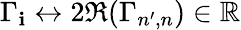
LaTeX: \Gamma_{\mathbf{i}}\leftrightarrow2\Re(\Gamma_{n^{\prime},n})\in\mathbb{{R}}